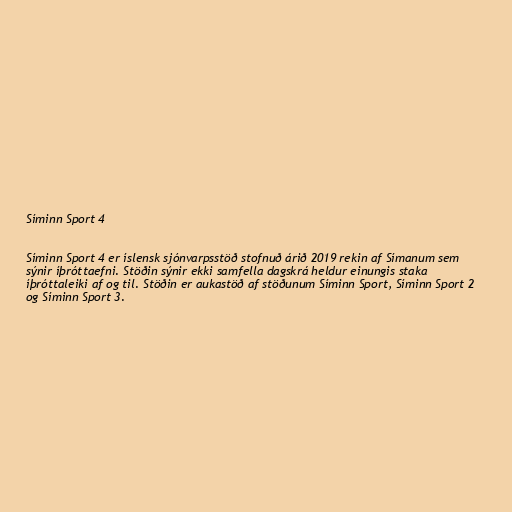
Síminn Sport 4

Síminn Sport 4 er íslensk sjónvarpsstöð stofnuð árið 2019 rekin af Símanum sem
sýnir íþróttaefni. Stöðin sýnir ekki samfella dagskrá heldur einungis staka
íþróttaleiki af og til. Stöðin er aukastöð af stöðunum Síminn Sport, Síminn Sport 2
og Síminn Sport 3.